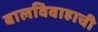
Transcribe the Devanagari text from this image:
बालविवाहाची